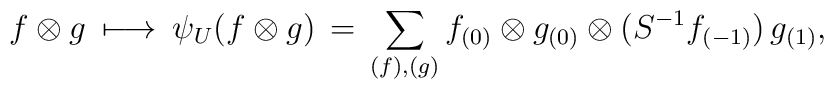
f \otimes g \: \longmapsto \: \psi_U ( f \otimes g) \, = \, \sum \limits_{(f),(g)} f_{(0)} \otimes g_{(0)} \otimes \big( S^{-1} f_{(-1)} \big) \, g_{(1)},